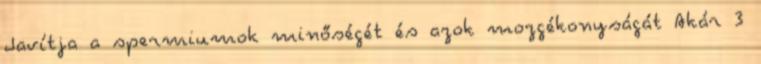
Javítja a spermiumok minőségét és azok mozgékonyságát Akár 3